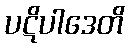
ပဋိပါဒေတိ